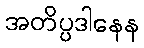
အတိပ္ပဒါနေန